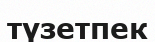
түзетпек